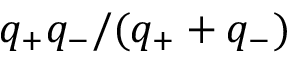
q _ { + } q _ { - } / ( q _ { + } + q _ { - } )